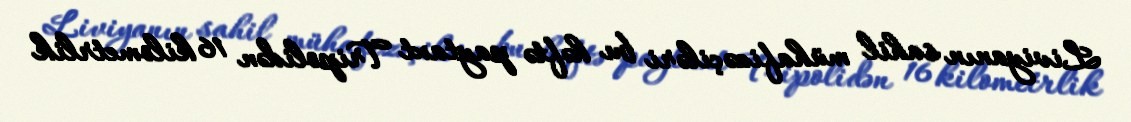
Liviyanın sahil mühafizəçiləri bu həftə paytaxt Tripolidən 16 kilometrlik